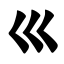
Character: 巛